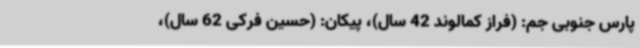
پارس‌ جنوبی‌ جم: (فراز کمالوند 42 سال)، پیکان: (حسین فرکی 62 سال)،